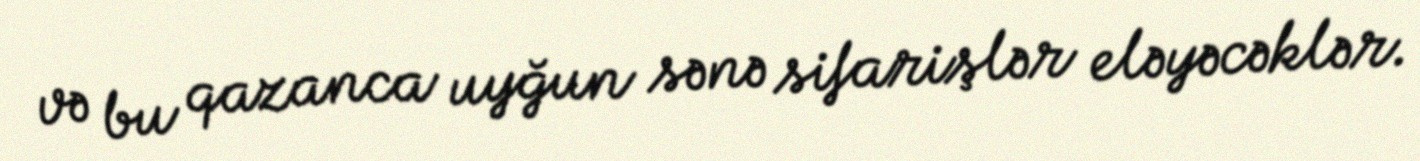
və bu qazanca uyğun sənə sifarişlər eləyəcəklər.